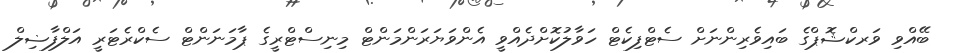
ބޭއްވި ވަރކްޝޮޕްގެ ބައިވެރިންނަށް ސެޓްފިކެޓް ހަވާލުކޮށްދެއްވީ އެންވަޔަރަންމަންޓް މިނިސްޓްރީގެ ޕާމަނަންޓް ސެކްރެޓަރީ އަލްފާޟިލް